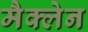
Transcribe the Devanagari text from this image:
मैक्‍लेन